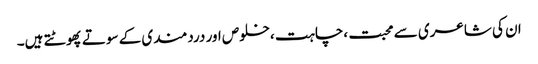
ان کی شاعری سے محبت ،چاہت ،خلوص اور دردمندی کے سوتے پھوٹتے ہیں۔